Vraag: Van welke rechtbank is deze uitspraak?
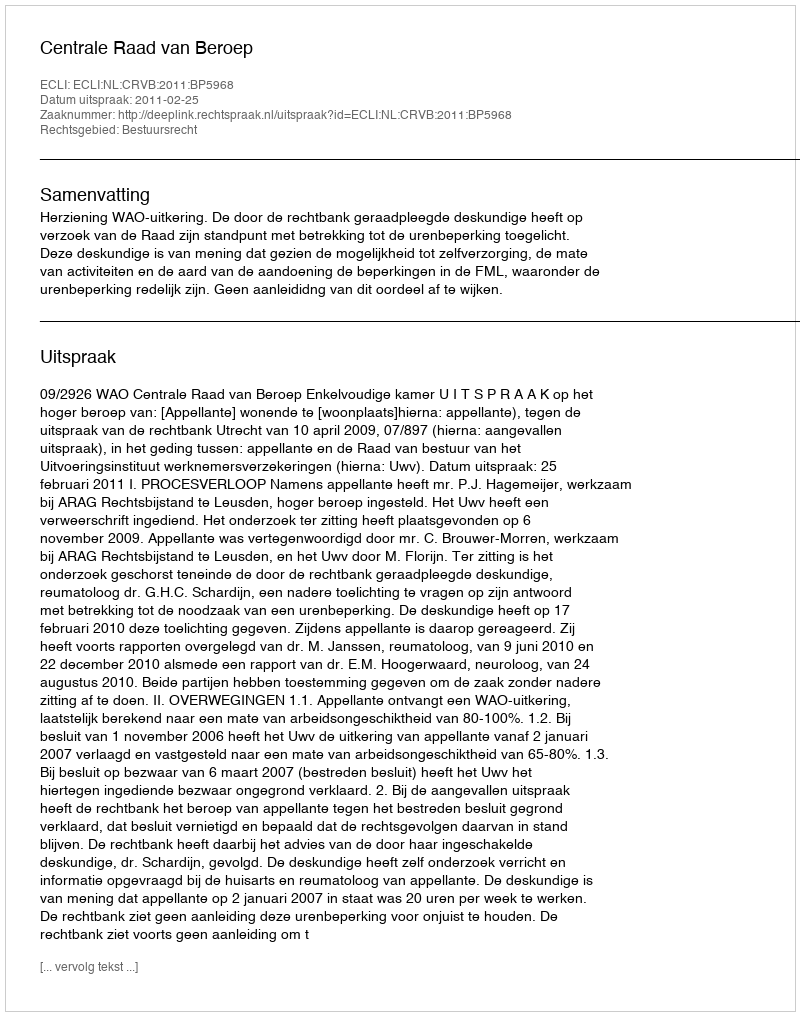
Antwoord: Centrale Raad van Beroep